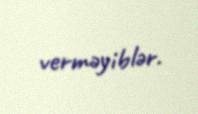
verməyiblər.